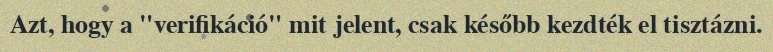
Azt, hogy a "verifikáció" mit jelent, csak később kezdték el tisztázni.